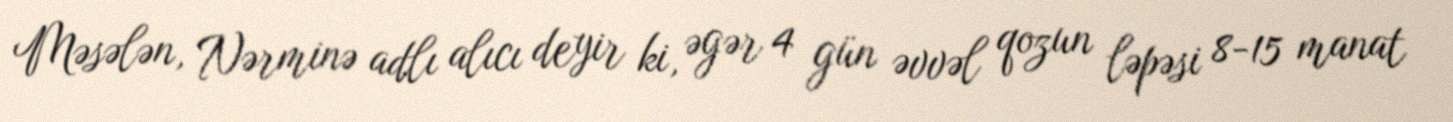
Məsələn, Nərminə adlı alıcı deyir ki, əgər 4 gün əvvəl qozun ləpəsi 8-15 manat